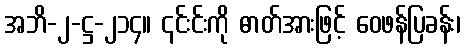
အဘိ-၂-ဋ္ဌ-၂၁၄။ ၎င်းင်းကို ဓာတ်အားဖြင့် ဝေဖန်ပြခန်း၊